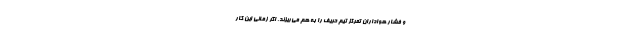
و فشار هواداران تمرکز تیم حریف را به هم می‌ریزند. اگر زمانی این کار